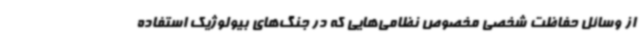
از وسائل حفاظت شخصی مخصوص نظامی‌هایی که در جنگ‌های بیولوژیک استفاده